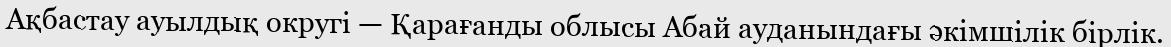
Ақбастау ауылдық округі — Қарағанды облысы Абай ауданындағы әкімшілік бірлік.